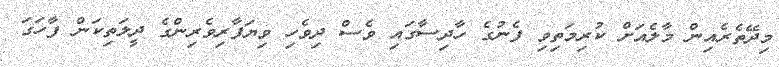
މިދޭތެރެއިން މާލެއަށް ކުރިމަތިވި ފެނުގެ ހާދިސާގައި ވެސް ދިވެހި ވިޔަފާރިވެރިންގެ ދީލަތިކަން ފާހަގަ